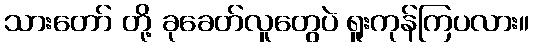
သားတော် တို့ ခုခေတ်လူတွေပဲ ရူးကုန်ကြပလား။